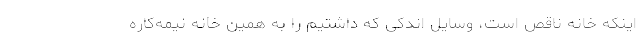
اینکه خانه ناقص است، وسایل اندکی که داشتیم را به همین خانه نیمه‌کاره